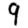
Digit: 9